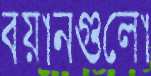
বয়ানগুলো